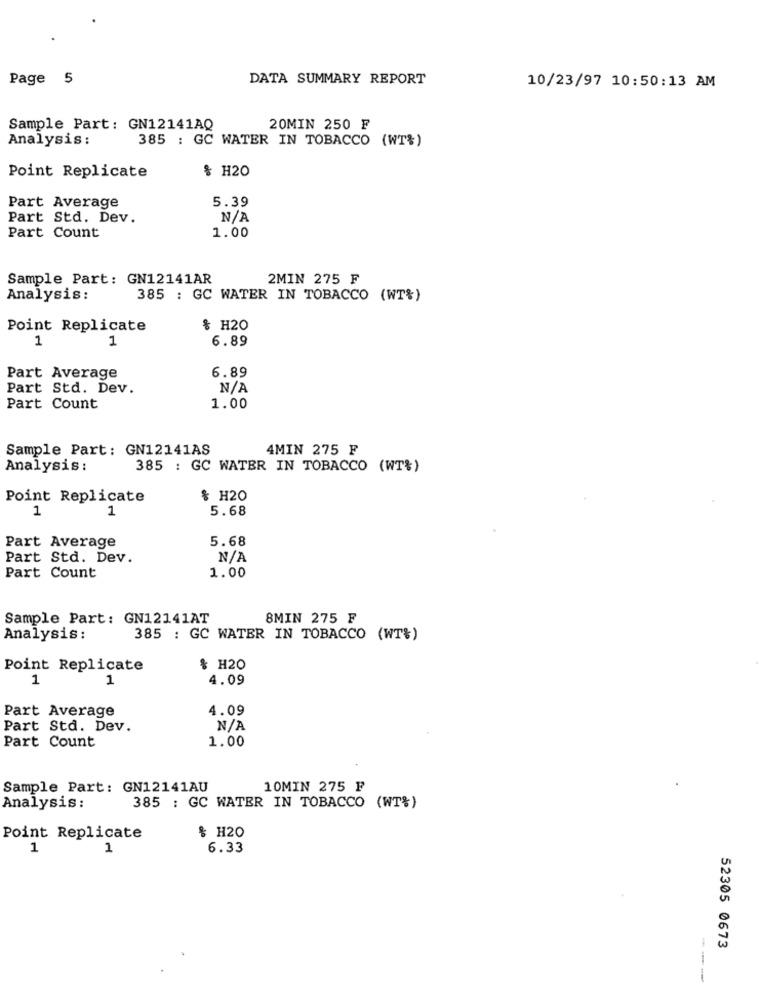
Page 5
DATA SUMMARY REPORT
10/23/97 10:50:13 AM
Sample Part: GN12141AQ
20MIN 250 F
Analysis :
385 : GC WATER IN TOBACCO (WT%)
Point Replicate
& H20
5.39
Part Average
Part Std. Dev.
Part Count
1.00
Sample Part: GN12141AR
2MIN 275 F
Analysis:
385 : GC WATER IN TOBACCO (WT%)
Point Replicate
& H20
1
1
6.89
6.89
Part Average
Part Std. Dev.
Part Count
1.00
Sample Part: GN12141AS
4MIN 275 F
Analysis :
385 : GC WATER IN TOBACCO (WT%)
Point Replicate
& H20
1
5.68
1
Part Average
5.68
Part Std. Dev.
Part Count
1.00
Sample Part: GN12141AT
8MIN 275 F
Analysis :
385 : GC WATER IN TOBACCO (WT%)
Point Replicate
$ H20
1
1
4.09
Part Average
4.09
Part Std. Dev.
Part Count
1.00
Sample Part: GN12141AU
10MIN 275 F
Analysis :
385 : GC WATER IN TOBACCO (WT%)
Point Replicate
& H20
1
1
6.33
52305 0673
---